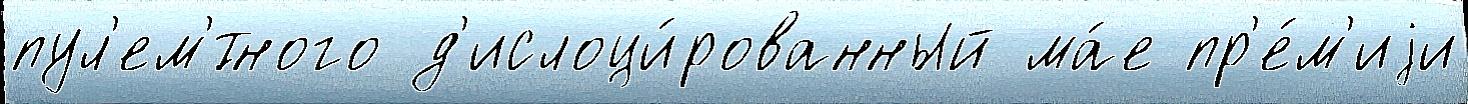
пул'ем'́тного д'ислоци́рованный ма́е пр'е́м'иjи